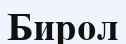
Бирол